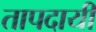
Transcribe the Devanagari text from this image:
तापदायी